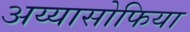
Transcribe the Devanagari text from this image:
अय्यासोफिया